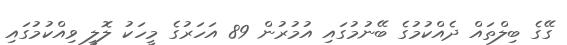
ގޭގެ ބިލްތައް ދެއްކުމުގެ ބޭނުމުގައި އުމުރުން 89 އަހަރުގެ މީހަކު ލޮލީ ވިއްކުމުގައި